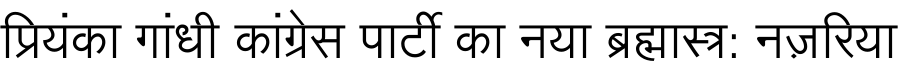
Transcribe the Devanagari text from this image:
प्रियंका गांधी कांग्रेस पार्टी का नया ब्रह्मास्त्र: नज़रिया